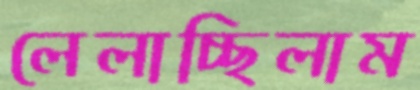
লেলাচ্ছিলাম